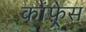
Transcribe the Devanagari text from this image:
कांफ़्रेस